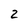
Character: 2